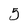
Character: 5